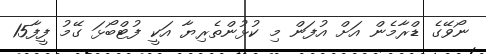
ނޯވޭގެ ޑްރާމެން އަށް އުފަން މި ކުޅުންތެރިޔާ އަކީ ފުޓްބޯޅަ ގޭމު ފީފާ15